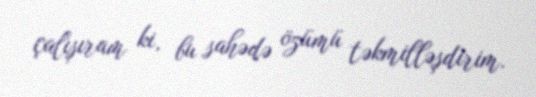
çalışıram ki, bu sahədə özümü təkmilləşdirim.